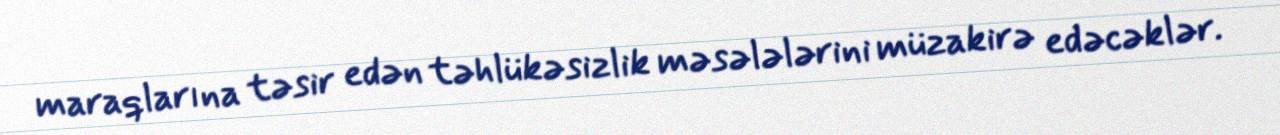
maraqlarına təsir edən təhlükəsizlik məsələlərini müzakirə edəcəklər.